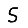
Digit: 5